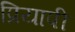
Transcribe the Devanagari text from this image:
प्रियापी